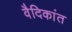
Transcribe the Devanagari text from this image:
वैदिकांत